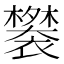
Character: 𬡲